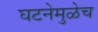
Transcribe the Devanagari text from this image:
घटनेमुळेच